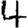
Digit: 4